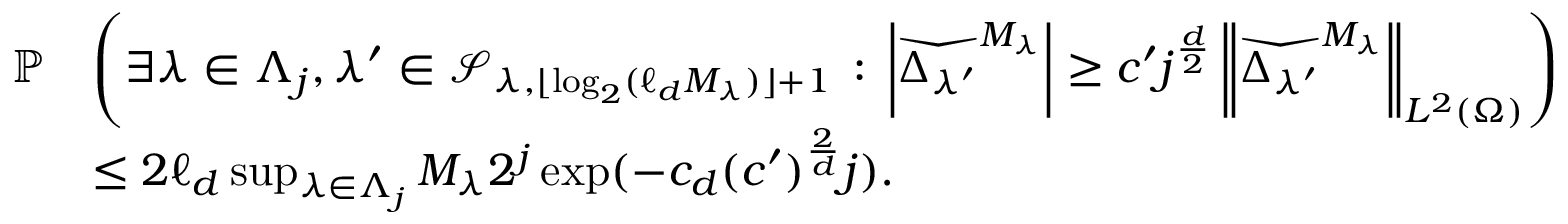
\begin{array} { r l } { \mathbb { P } } & { \left( \exists \lambda \in \Lambda _ { j } , \lambda ^ { \prime } \in \mathcal { S } _ { \lambda , \lfloor \log _ { 2 } ( \ell _ { d } M _ { \lambda } ) \rfloor + 1 } \, : \, \left| \widecheck { \Delta _ { \lambda ^ { \prime } } } ^ { M _ { \lambda } } \right| \geq c ^ { \prime } j ^ { \frac { d } { 2 } } \left\| \widecheck { \Delta _ { \lambda ^ { \prime } } } ^ { M _ { \lambda } } \right\| _ { L ^ { 2 } ( \Omega ) } \right) } \\ & { \leq 2 \ell _ { d } \operatorname* { s u p } _ { \lambda \in \Lambda _ { j } } M _ { \lambda } 2 ^ { j } \exp ( - c _ { d } ( c ^ { \prime } ) ^ { \frac { 2 } { d } } j ) . } \end{array}